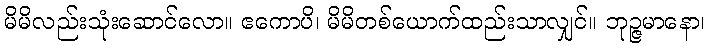
မိမိလည်းသုံးဆောင်လော။ ဧကောပိ၊ မိမိတစ်ယောက်ထည်းသာလျှင်။ ဘုဉ္ဇမာနော၊